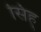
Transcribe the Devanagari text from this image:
सिह्